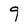
Character: g